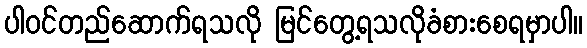
ပါဝင်တည်ဆောက်ရသလို မြင်တွေ့ရသလိုခံစားစေရမှာပါ။